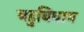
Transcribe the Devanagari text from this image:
बहुबिधाय